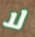
لا